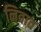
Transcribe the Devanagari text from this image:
निवात